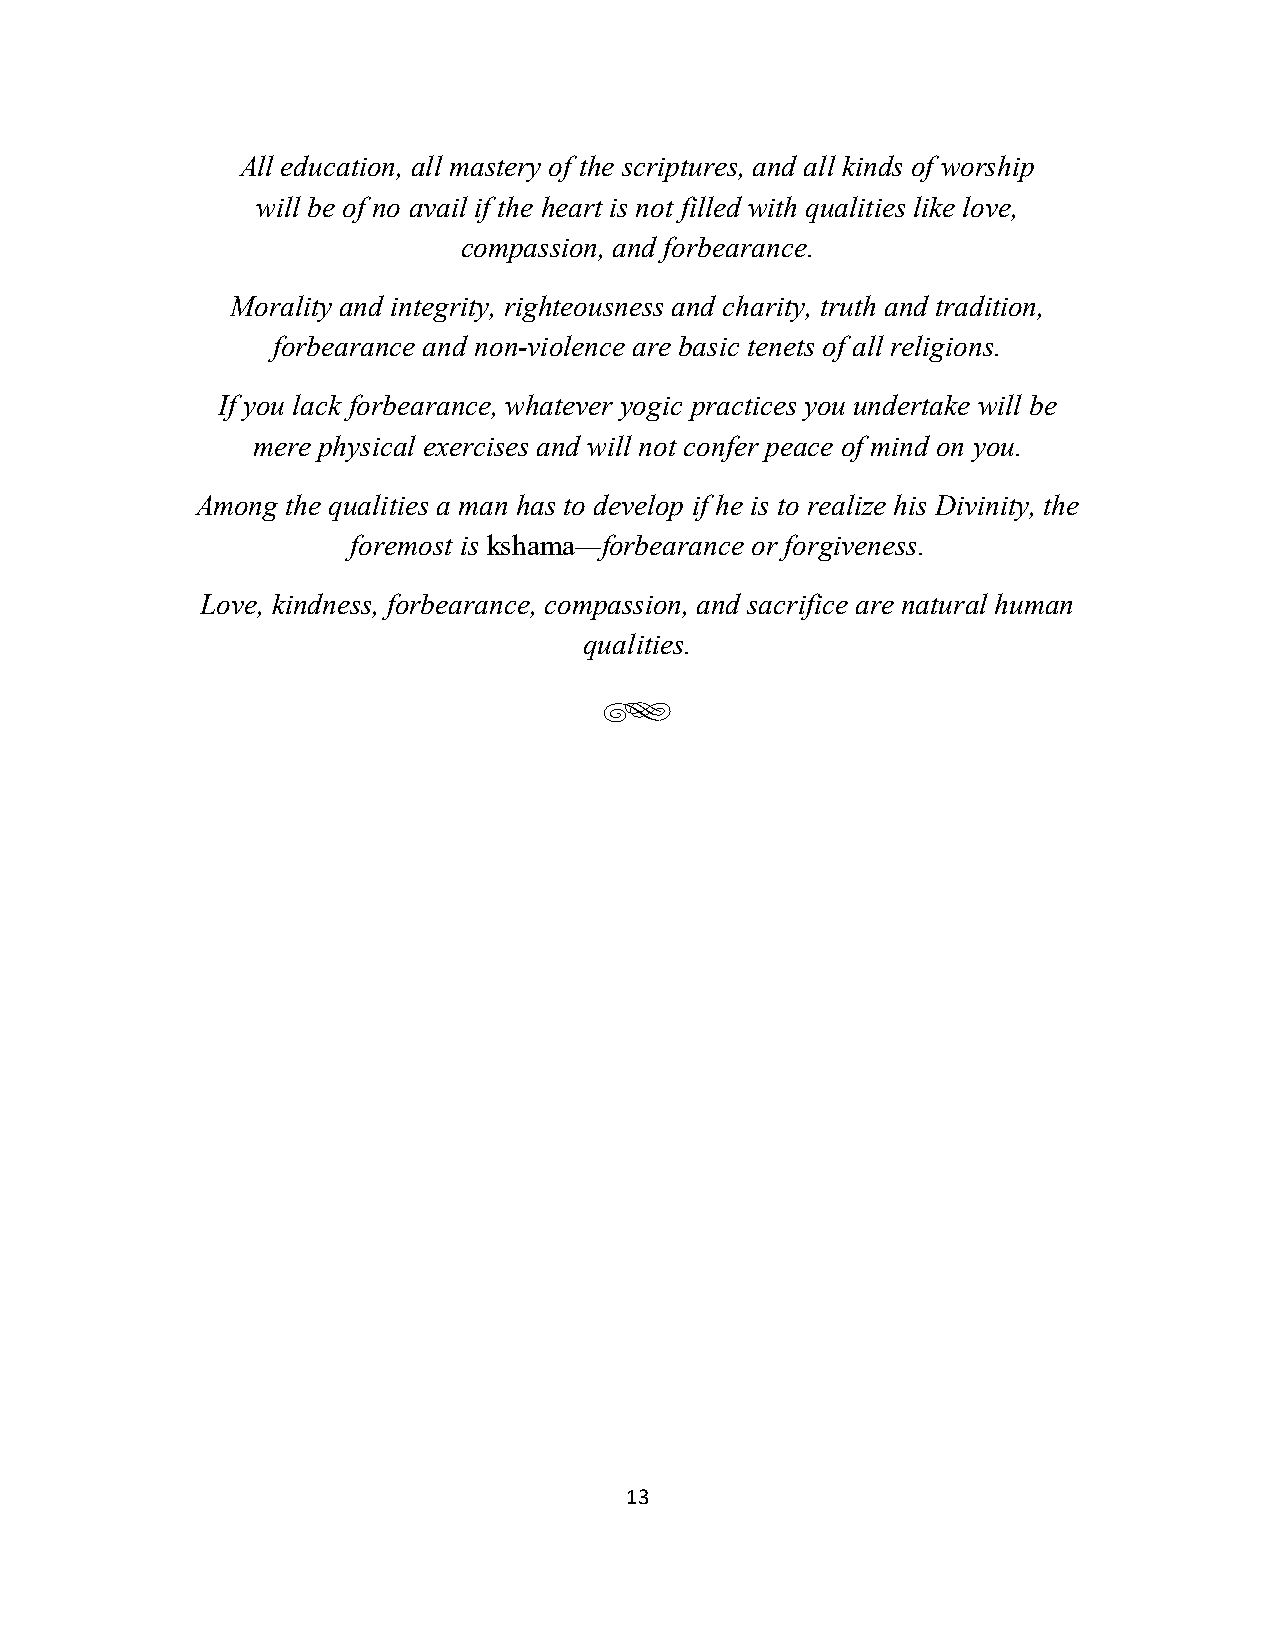
All education, all mastery of the scriptures, and all kinds of worship
 will be of no avail if the heart is not filled with qualities like love,
 compassion, and forbearance.
 Morality and integrity, righteousness and charity, truth and tradition,
 forbearance and non-violence are basic tenets of all religions.
 If you lack forbearance, whatever yogic practices you undertake will be
 mere physical exercises and will not confer peace of mind on you.
 Among the qualities a man has to develop if he is to realize his Divinity, the
 foremost is kshama—forbearance or forgiveness.
 Love, kindness, forbearance, compassion, and sacrifice are natural human
 qualities.
 g
 13